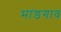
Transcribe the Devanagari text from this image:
मांडगाव